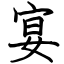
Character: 宴